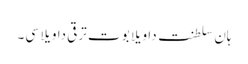
ہان سلطنت دا ویلا بوت ترقی دا ویلا سی۔